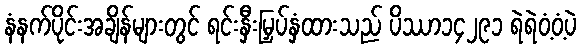
နံနက်ပိုင်းအချိန်များတွင် ရင်းနှီးမြှပ်နှံထားသည် ပိဿာ၁၄၂၉၁ ရဲရဲဝံ့ဝံ့ပဲ